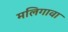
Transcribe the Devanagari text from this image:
मलिगावा